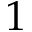
1